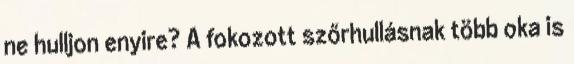
ne hulljon enyire? A fokozott szőrhullásnak több oka is